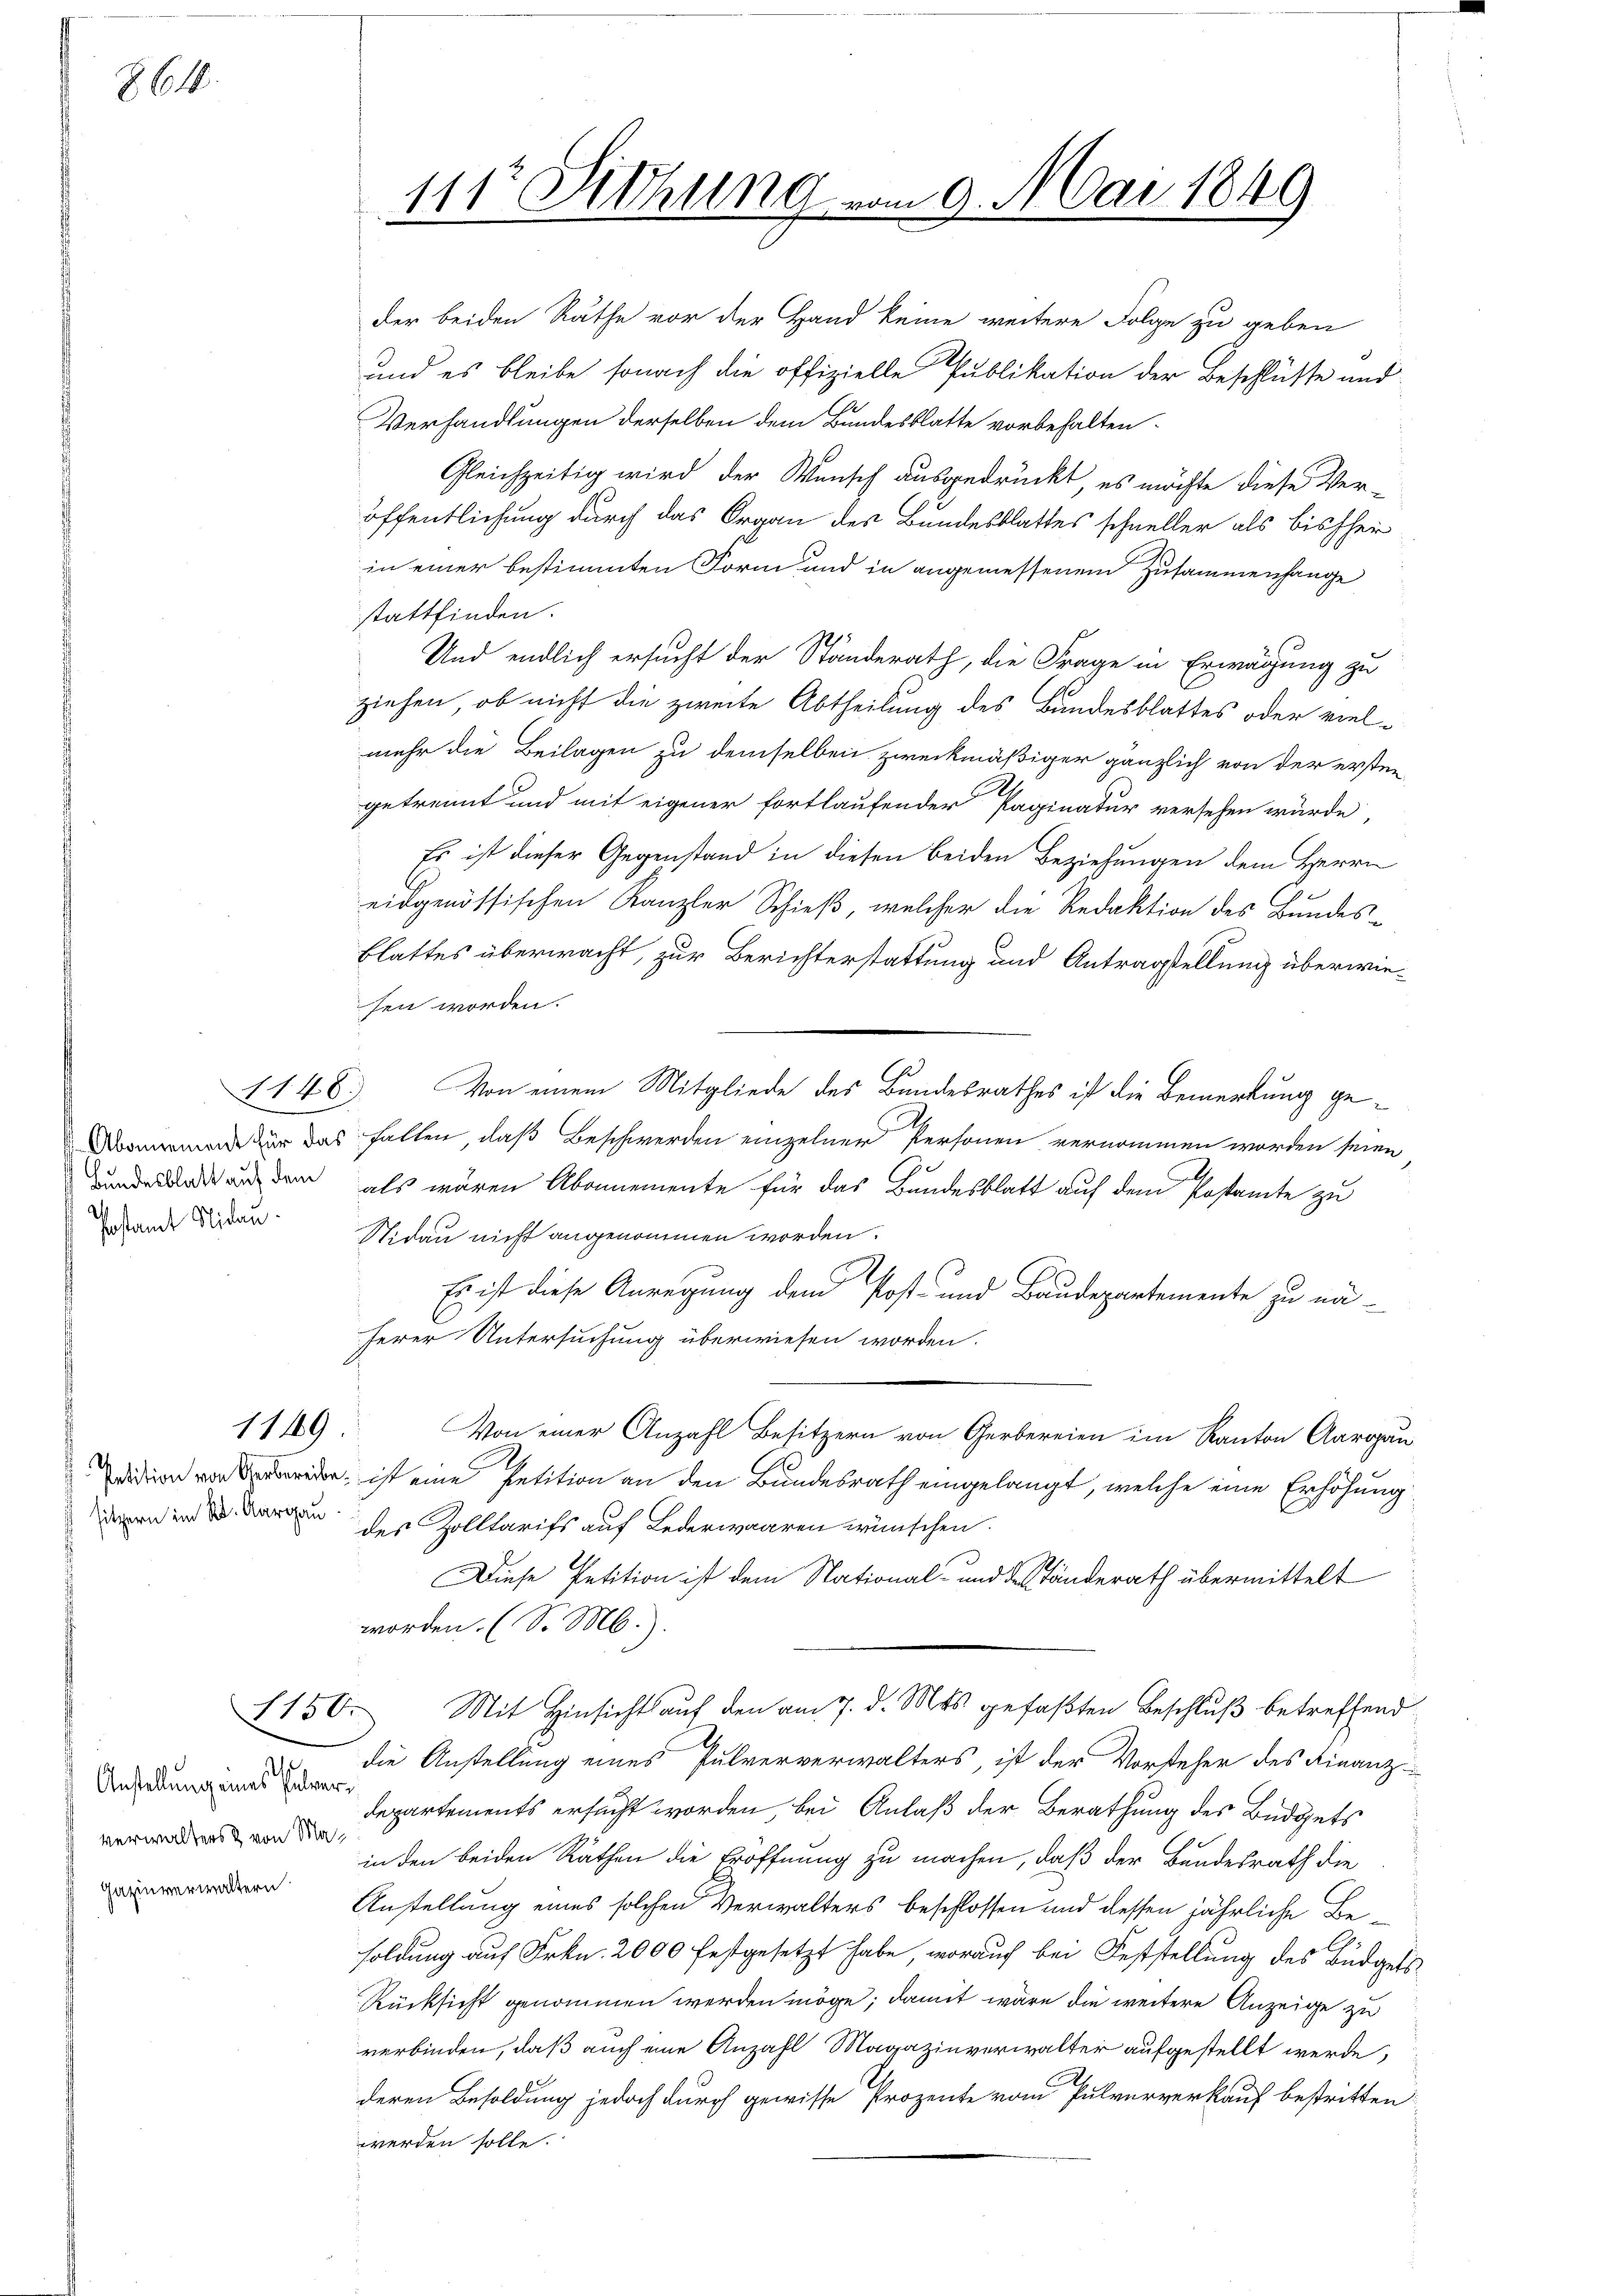
264.

Bundesblatt auf dem
Pestamt Nidau

der beiden Räthe vor der Hand keine weitere Folge zu geben
und es bleibe sonach die offizielle Publikation der Beschlüsse und
Verhandlungen derselben dem Bundesblatte vorbehalten.
Gleichzeitig wird der Wunsch ausgedrückt, es möchte diese Ver-
öffentlichung durch das Organ des Bundesblattes schneller als bisher
in einer bestimmten Form und in angemessenem Zusammenhange
stattfinden.
Und endlich ersucht der Ständerath, die Frage in Erwägung zu
ziehen, ob nicht die zweite Abtheilung des Bundesblattes oder vielmehr die Beilagen zu demselben zweckmäßiger gänzlich von der ersten
getrennt und mit eigener fortlaufender Paginatur versehen würde,
Es ist dieser Gegenstand in diesen beiden Beziehungen dem Herrn
eidgenössischen Kanzler Schieß, welcher die Redaktion des Bundes-
Blattes überwacht, zur Berichterstattung und Antragstellung überwiesen worden.
Von einem Mitgliede des Bundesrathes ist die Bemerkung ge¬
Ammande zur das fallen, daß Beschwerden einzelner Personen vernommen worden seien
.
als wären Abonnemente für das Bandesblatt auf dem Postamte zu
Nidau nicht angenommen worden.
2
Es ist diese Anregung dem Post- und Baudepartemente zu nä-
herer Untersuchung überwiesen worden.
Von einer Anzahl Besitzern von Gerbereien im Kanton Aargau
de, ist eine Petition an den Bundesrath eingelangt, welche eine Erhöhung
dern in d. Aargau der Zolltarifs auf Lederwaaren wünschen.
Diese Petition ist dem National- und des Ständerath übermittelt
worden. (So. M.)
Mit Hinsicht auf den am 7. d. Mts. gefaßten Beschluß betreffend
die Anstellung eines Pulververwalters, ist der Vorsteher des Finanz-
departements ersucht worden, bei Anlaß der Berathung des Büdgets
in den beiden Räthen die Eröffnung zu machen, daß der Bundesrath die
Anstellung eines solchen Verwalters beschlossen und dessen jährliche Besoldung auf Frkn. 2000 festgesetzt habe, worauf bei Feststellung des Büdgets¬
Rücksicht genommen werden möge; damit wäre die weitere Anzeige zu
verbinden, daß auch eine Anzahl Magazinverwalter aufgestellt werde,
deren Besoldung jedoch durch gewisse Prozente vom Pulververkauf bestritten
werden solle.

1148.

1149

1156.

Anstellung eines Pulververwalters & von Ma¬
Gazinverwaltern

111t Dichung vom 9. Mai 1849